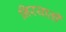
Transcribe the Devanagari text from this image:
निरयाती